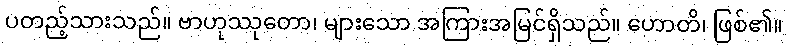
ပတည့်သားသည်။ ဗာဟုဿုတော၊ များသော အကြားအမြင်ရှိသည်။ ဟောတိ၊ ဖြစ်၏။